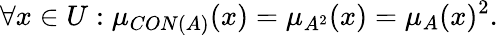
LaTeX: \forall x\in{U}:\mu_{CON(A)}(x)=\mu_{A^{2}}(x)=\mu_{A}(x)^{2}.